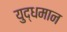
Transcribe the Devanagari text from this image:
युद्धमान